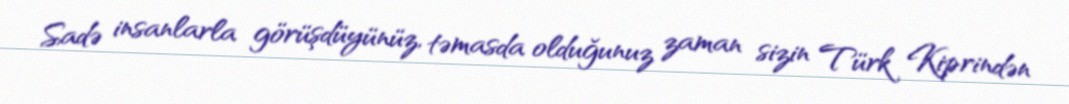
Sadə insanlarla görüşdüyünüz, təmasda olduğunuz zaman sizin Türk Kiprindən